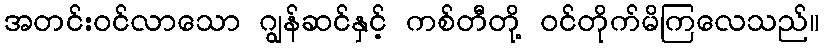
အတင်းဝင်လာသော ဂျွန်ဆင်နှင့် ကစ်တီတို့ ဝင်တိုက်မိကြလေသည်။